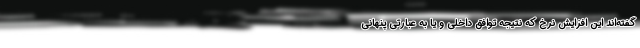
گفته‌اند این افزایش نرخ که نتیجه توافق داخلی و یا به عبارتی پنهانی